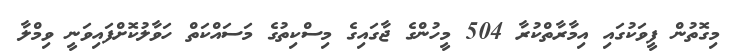
މިގޮތުން ފީވަކުގައި އިމާރާތްކުރާ 504 މީހުންގެ ޖާގައިގެ މިސްކިތުގެ މަސައްކަތް ހަވާލުކޮށްފައިވަނީ ވިމްލާ